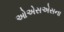
ઓએસએસના